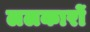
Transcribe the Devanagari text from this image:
ललकारों